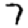
Digit: 7